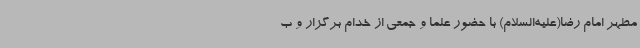
مطهر امام رضا(علیه‌السلام) با حضور علما و جمعی از خدام برگزار و ب